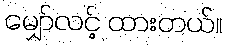
မျှော်လင့် ထားတယ်။